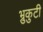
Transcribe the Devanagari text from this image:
भ्रुकुटी